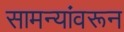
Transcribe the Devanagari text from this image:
सामन्यांवरून